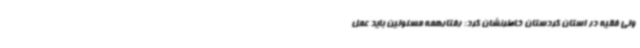
ولی فقیه در استان کردستان خاطرنشان کرد: رفتارهمه مسئولین باید عمل